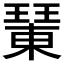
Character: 𤩘